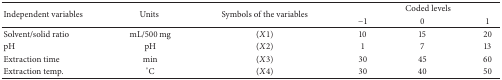
| <ROWSPAN=2> Independent variables | <ROWSPAN=2> Units | <ROWSPAN=2> Symbols of the variables | <COLSPAN=3> Coded levels |
 | −1 | 0 | 1 |
 | --- | --- | --- | --- | --- | --- |
 | Solvent/solid ratio | mL/500 mg | (X1) | 10 | 15 | 20 |
 | pH | pH | (X2) | 1 | 7 | 13 |
 | Extraction time | min | (X3) | 30 | 45 | 60 |
 | Extraction temp. | °C | (X4) | 30 | 40 | 50 |